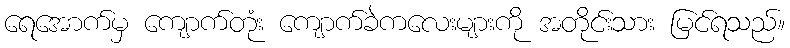
ရေအောက်မှ ကျောက်တုံး ကျောက်ခဲကလေးများကို အတိုင်းသား မြင်ရသည်။